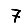
Digit: 7